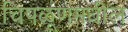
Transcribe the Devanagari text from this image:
चिपळूणमधील